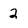
Character: 2